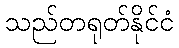
သည်တရုတ်နိုင်ငံ